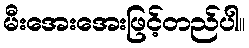
မီးအေးအေးဖြင့်တည်ပါ။